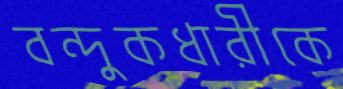
বন্দুকধারীকে